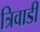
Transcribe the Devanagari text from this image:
त्रिवाडी